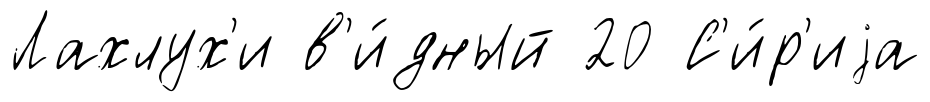
Лахлух'и в'и́дный 20 С'и́р'иjа